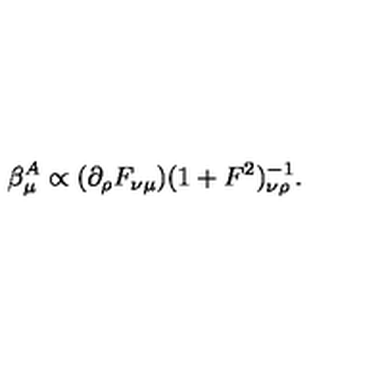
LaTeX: \beta _ { \mu } ^ { A } \propto ( \partial _ { \rho } F _ { \nu \mu } ) ( 1 + F ^ { 2 } ) _ { \nu \rho } ^ { - 1 } .